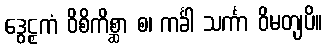
ဒွေဠှကံ ဝိစိကိစ္ဆာ စ၊ ကင်္ခါ သင်္ကာ ဝိမတျပိ။